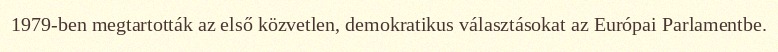
1979-ben megtartották az első közvetlen, demokratikus választásokat az Európai Parlamentbe.